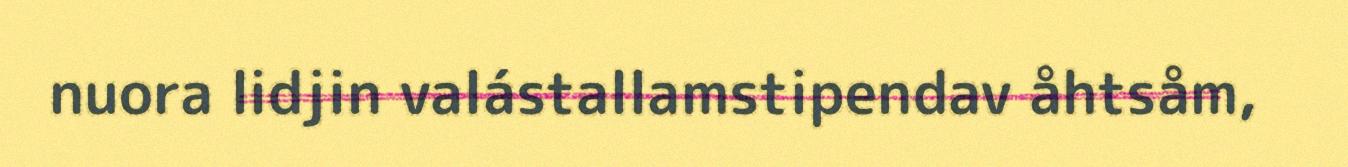
nuora lidjin valástallamstipendav åhtsåm,